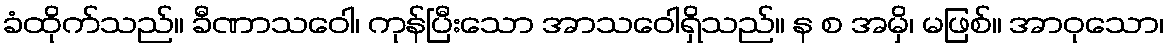
ခံထိုက်သည်။ ခီဏာသဝေါ၊ ကုန်ပြီးသော အာသဝေါရှိသည်။ န စ အမှိ၊ မဖြစ်။ အာဝုသော၊